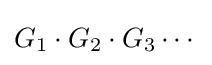
G_{1}\cdot G_{2}\cdot G_{3}\cdots